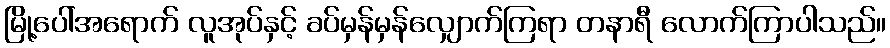
မြို့ပေါ်အရောက် လူအုပ်နှင့် ခပ်မှန်မှန်လျှောက်ကြရာ တနာရီ လောက်ကြာပါသည်။